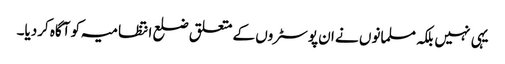
یہی نہیں بلکہ مسلمانوں نے ان پوسٹروں کے متعلق ضلع انتظامیہ کو آگاہ کردیا۔